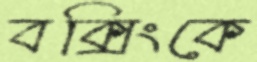
বক্সিংকে